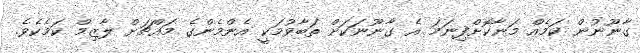
ގާނޫނުން ކަމެއް މަނާކޮށްފިނަމަ އެ ގާނޫނަކަށް ތަބާވުމަކީ އެންމެންގެ މައްޗަށް ލާޒިމް ކަމެކެވެ.